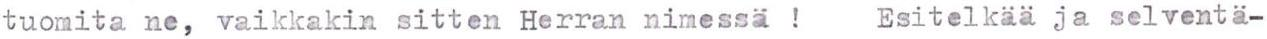
tuomita ne, vaikkakin sitten Herran nimessä !  Esitelkää ja selventä-